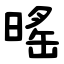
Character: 暚